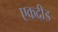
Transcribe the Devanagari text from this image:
एकदीड